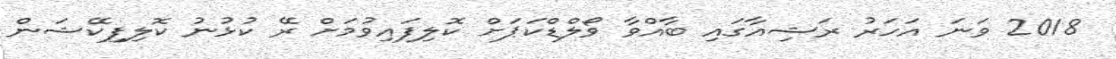
2018 ވަނަ އަހަރު ރަޝިއާގައި ބާއްވާ ވޯލްޑްކަޕަށް ކޮލިފައިވުމަށް ރޭ ކުޅުނު ކޮލިފިކޭޝަން